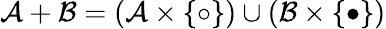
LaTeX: {\mathcal{A}}+{\mathcal{B}}=({\mathcal{A}}\times\{ \circ\} )\cup({\mathcal{B}}\times\{ \bullet\} )